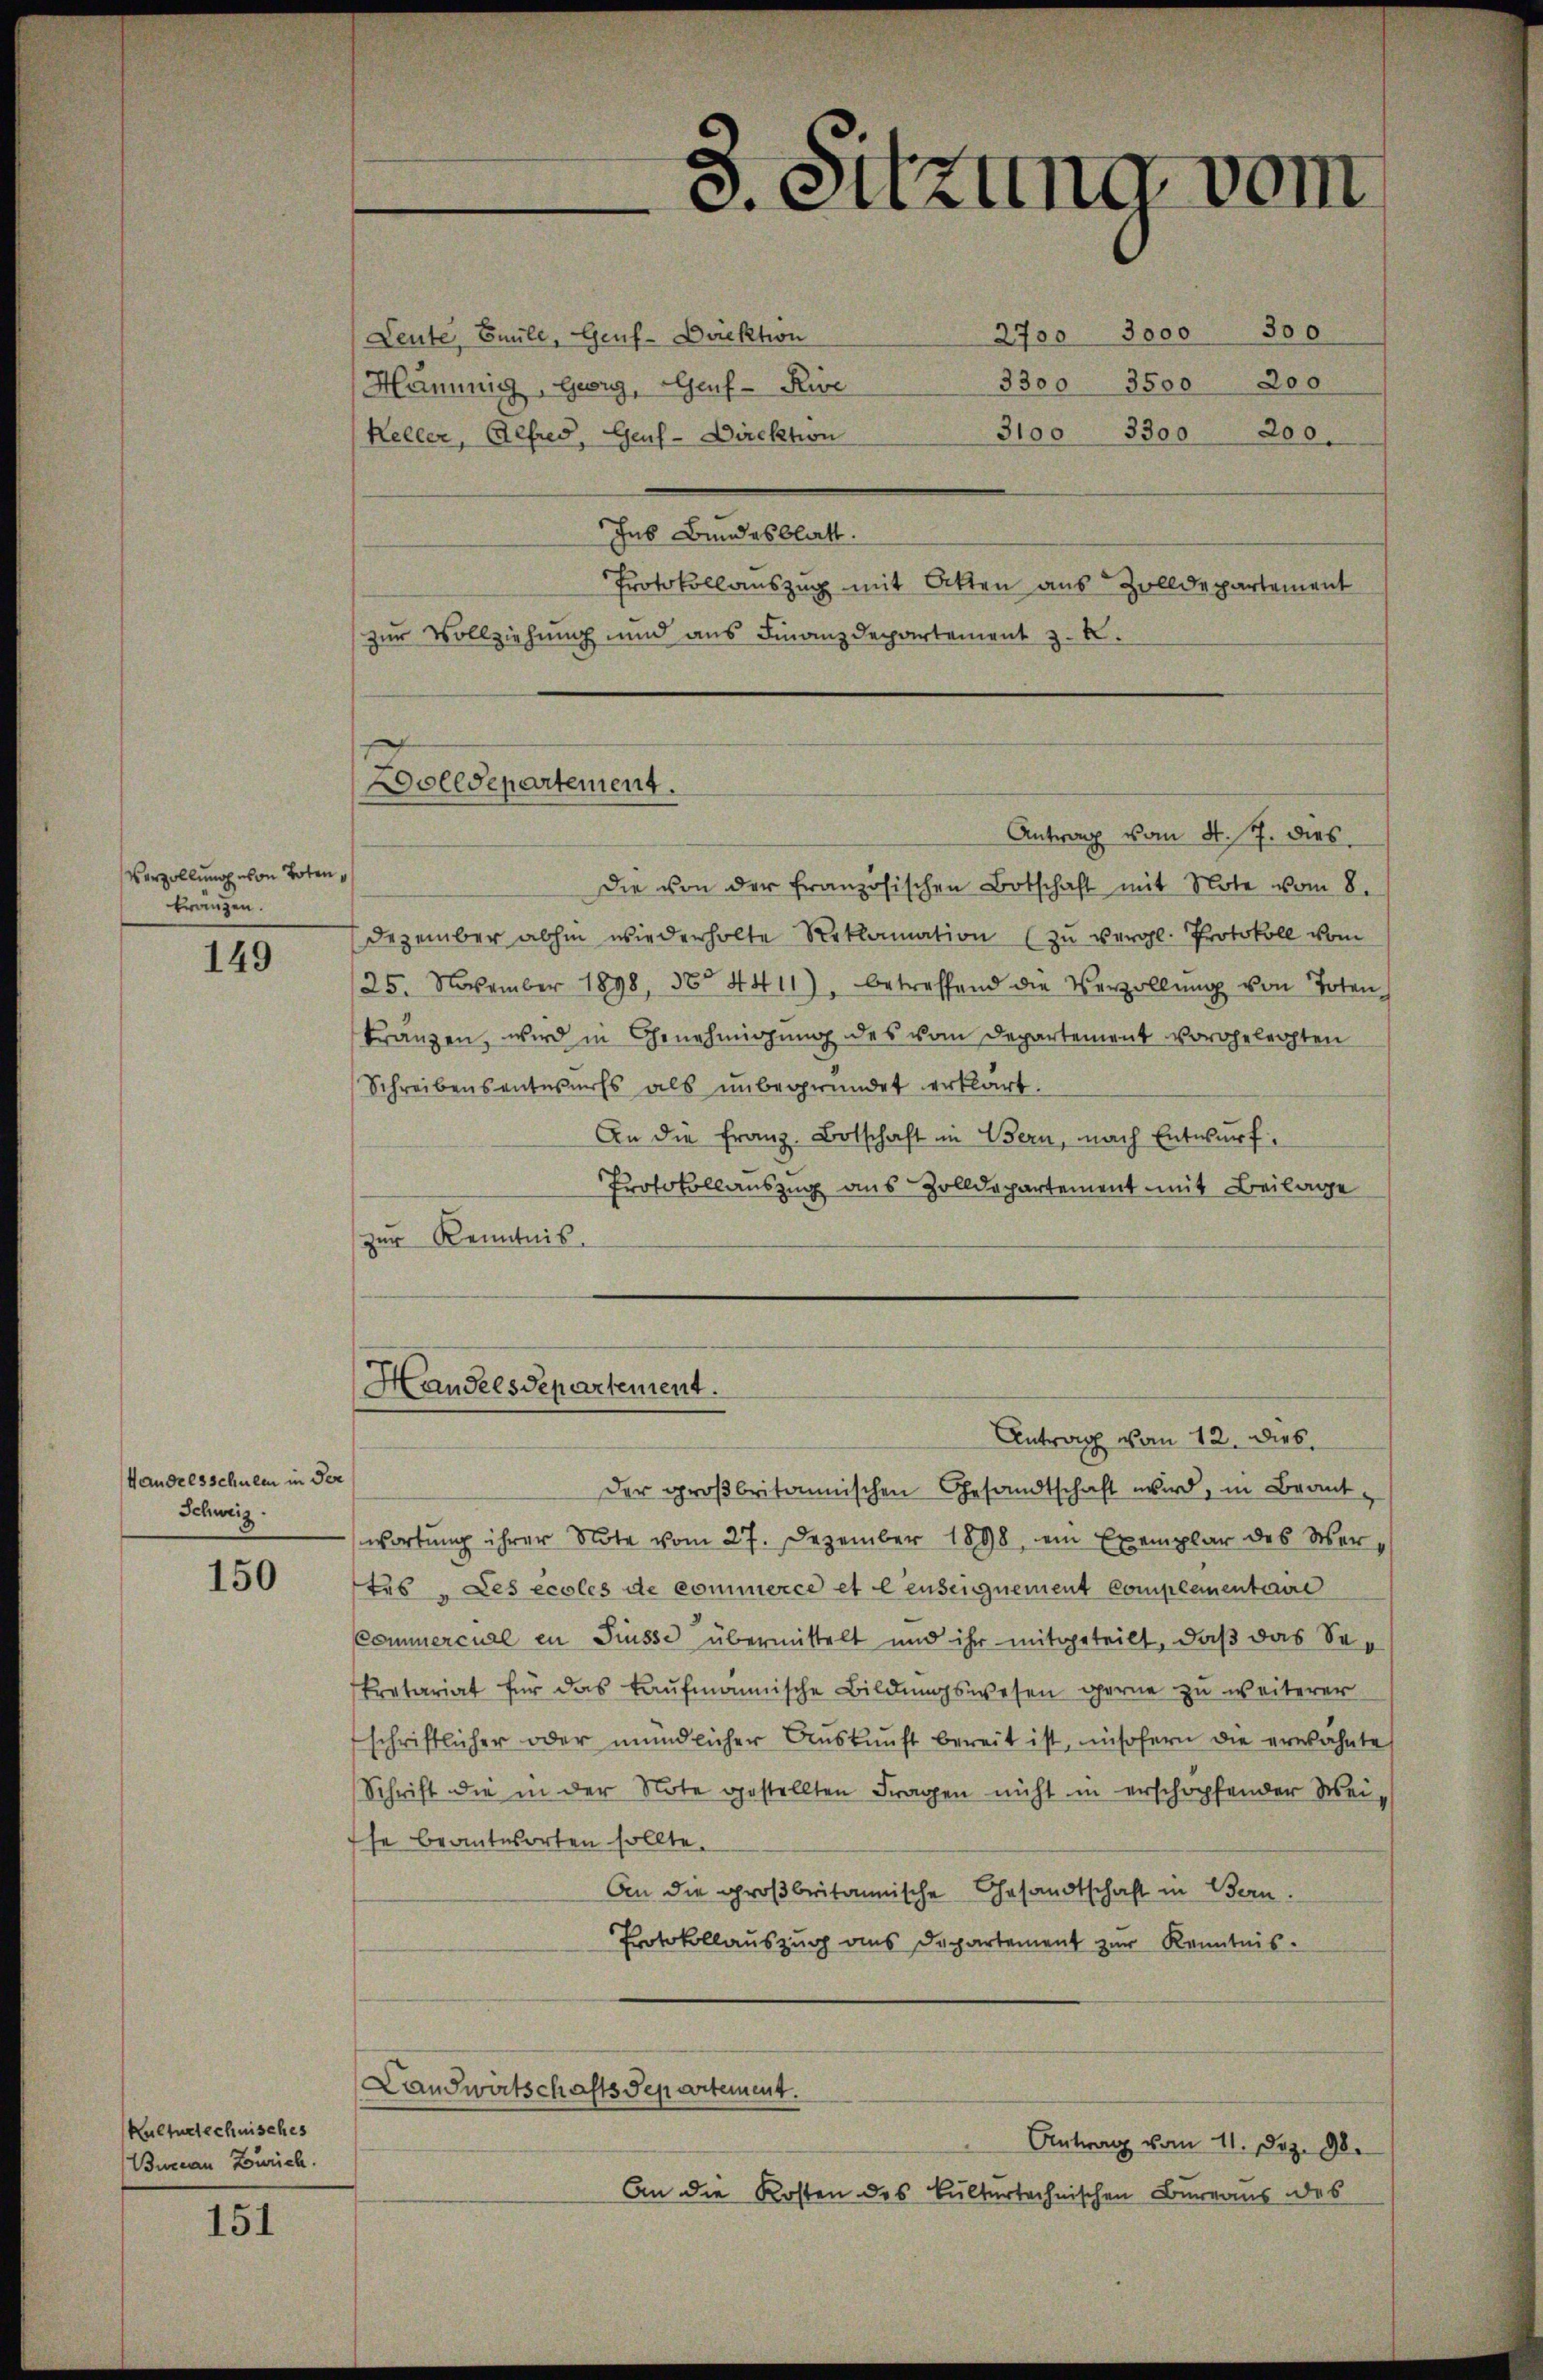
Verzöllung von Totenfranzen.

149

Handelsschulen in der
Schweiz.

150

Kulturtechnisches
Bureau Zürich.

151

Wolldepartement.

2700 3000 300
Leute Faule, Genf-Direktion
3300 3500 200
Hännig, Georg, Genf - Rie
3100. 3300 200.
Keller, Alfred, Genf-Direktion
Jus Bundesblatt.
Protokollauszug mit Atten aus Zolldepartement
zur Vollziehung und aus Finanzdepartement z. B.
Antrag vom 4. J. dies
Die von der französischen Botschaft mit Note vom 8.
Dezember abhin wiederholte Reklamation (zu vergl. Protokoll vom
25. November 1898, 34411), betreffend die Verzollŭng von Toten
kränzen, wird in Genehmigung des vom Departement vorgelegten
Schreibensentwurfs als unbegründet erklärt.
An die Franz. Botschaft in Bern, nach Entwurf.
Protokollauszug aus Zolldepartement mit Beilage
zur Kenntnis.
Handelsdepartement.
Antrag vom 12. Dies
Der großbritannischen Gesandtschaft wird, in Braut,
wortung ihrer Note vom 27. Dezember 1898, ein Exemplar des Wertes „Les eccles de commerce et lenseignement Complementaire
Commercuel in Füsse übermittelt und ihr mitgeteilt, daß das Se¬
Pretariat für das kaufmännische Bildungswesen gerne zu weiterer
schriftlicher oder mündlicher Auskunft bereit ist, insofern die erwähnte
Schrift die in der Note gestellten Fragen nicht in erschöpfender Weise beantworten sollte.
An die großbritannische Gesandtschaft in Bern.
Protokollauszug aus Departement zur Kenntnis.
Landwirtschaftsdepartement.
Antrag vom 11. Dez. 98.
An die Kosten des kulturtechnischen Bureaus des

3. Sitzung vom